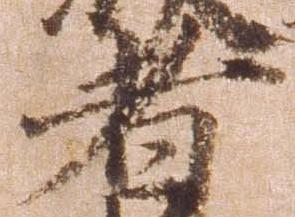
者